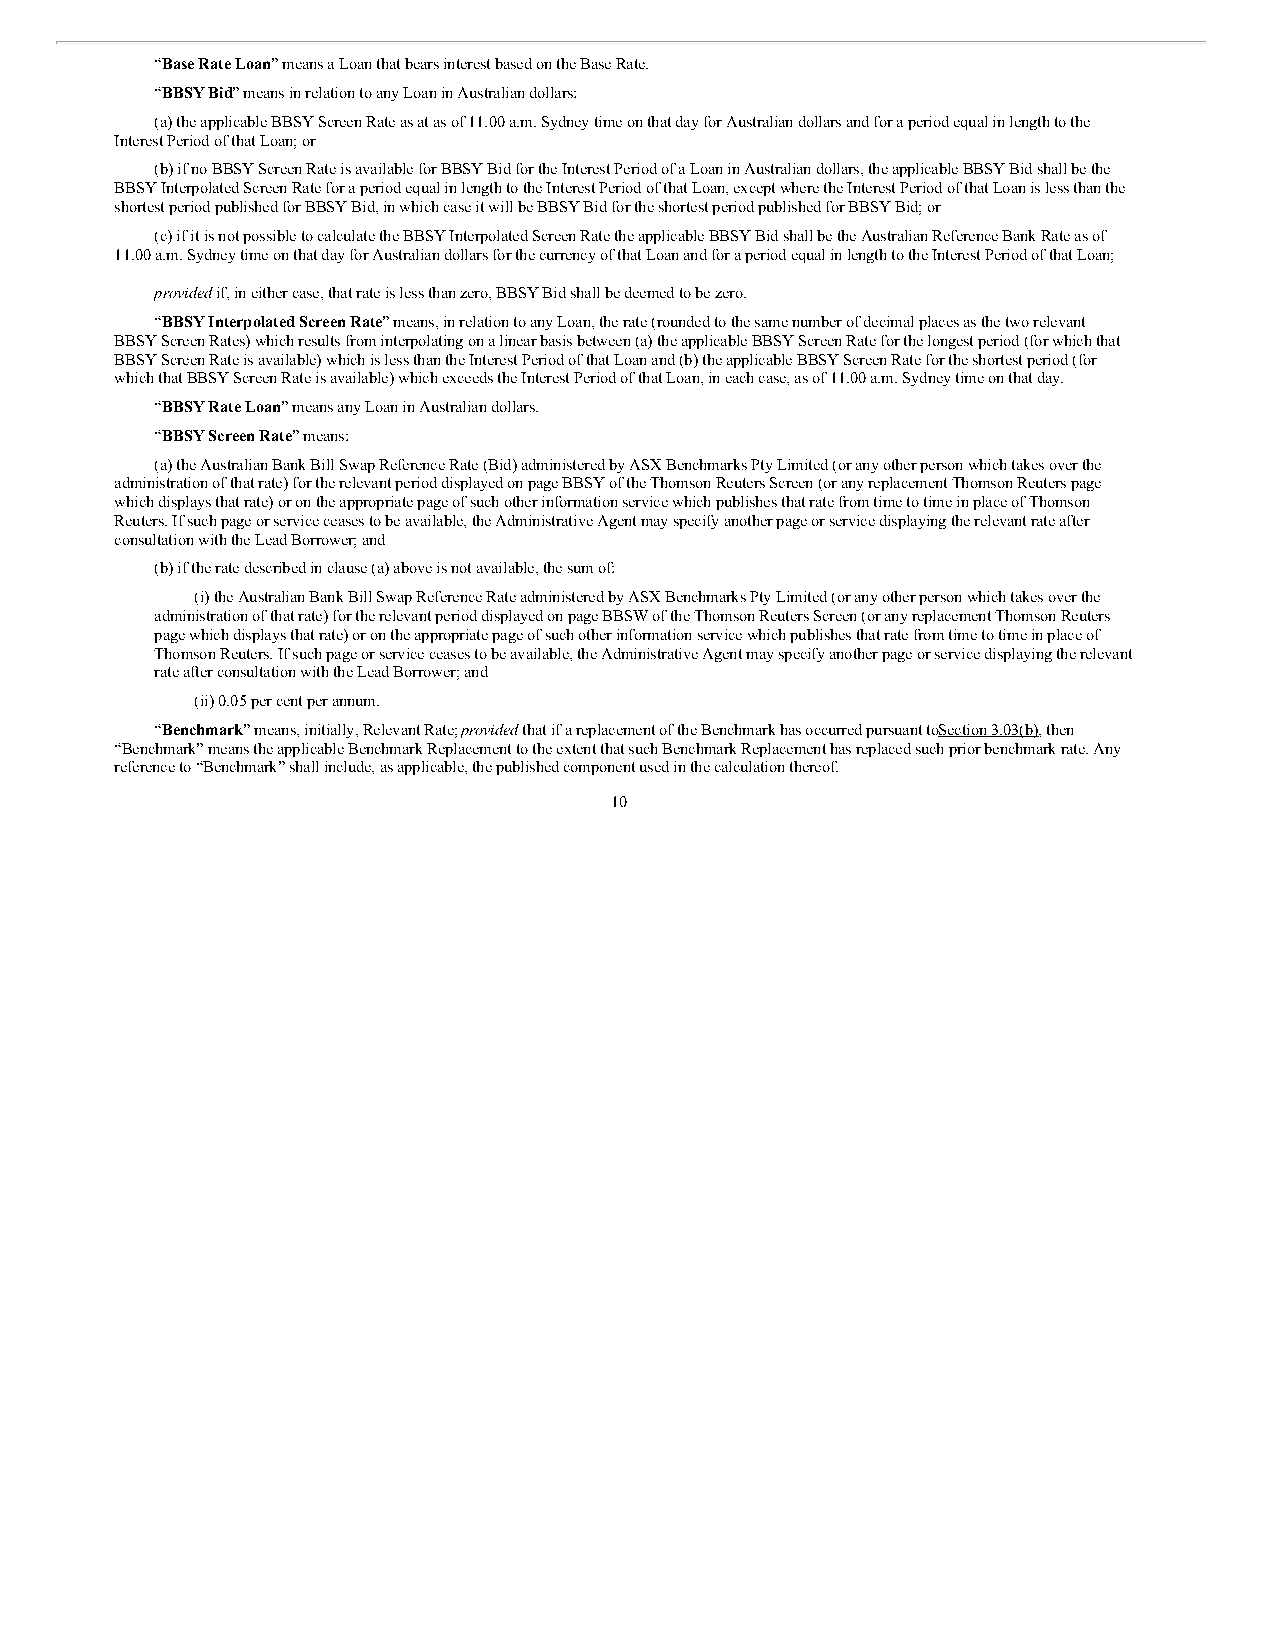
“Base Rate Loan” means a Loan that bears interest based on the Base Rate.
 “BBSY Bid” means in relation to any Loan in Australian dollars:
 (a) the applicable BBSY Screen Rate as at as of 11.00 a.m. Sydney time on that day for Australian dollars and for a period equal in length to the
 Interest Period of that Loan; or
 (b) if no BBSY Screen Rate is available for BBSY Bid for the Interest Period of a Loan in Australian dollars, the applicable BBSY Bid shall be the
 BBSY Interpolated Screen Rate for a period equal in length to the Interest Period of that Loan, except where the Interest Period of that Loan is less than the
 shortest period published for BBSY Bid, in which case it will be BBSY Bid for the shortest period published for BBSY Bid; or
 (c) if it is not possible to calculate the BBSY Interpolated Screen Rate the applicable BBSY Bid shall be the Australian Reference Bank Rate as of
 11.00 a.m. Sydney time on that day for Australian dollars for the currency of that Loan and for a period equal in length to the Interest Period of that Loan;
 provided if, in either case, that rate is less than zero, BBSY Bid shall be deemed to be zero.
 “BBSY Interpolated Screen Rate” means, in relation to any Loan, the rate (rounded to the same number of decimal places as the two relevant
 BBSY Screen Rates) which results from interpolating on a linear basis between (a) the applicable BBSY Screen Rate for the longest period (for which that
 BBSY Screen Rate is available) which is less than the Interest Period of that Loan and (b) the applicable BBSY Screen Rate for the shortest period (for
 which that BBSY Screen Rate is available) which exceeds the Interest Period of that Loan, in each case, as of 11.00 a.m. Sydney time on that day.
 “BBSY Rate Loan” means any Loan in Australian dollars.
 “BBSY Screen Rate” means:
 (a) the Australian Bank Bill Swap Reference Rate (Bid) administered by ASX Benchmarks Pty Limited (or any other person which takes over the
 administration of that rate) for the relevant period displayed on page BBSY of the Thomson Reuters Screen (or any replacement Thomson Reuters page
 which displays that rate) or on the appropriate page of such other information service which publishes that rate from time to time in place of Thomson
 Reuters. If such page or service ceases to be available, the Administrative Agent may specify another page or service displaying the relevant rate after
 consultation with the Lead Borrower; and
 (b) if the rate described in clause (a) above is not available, the sum of:
 (i) the Australian Bank Bill Swap Reference Rate administered by ASX Benchmarks Pty Limited (or any other person which takes over the
 administration of that rate) for the relevant period displayed on page BBSW of the Thomson Reuters Screen (or any replacement Thomson Reuters
 page which displays that rate) or on the appropriate page of such other information service which publishes that rate from time to time in place of
 Thomson Reuters. If such page or service ceases to be available, the Administrative Agent may specify another page or service displaying the relevant
 rate after consultation with the Lead Borrower; and
 (ii) 0.05 per cent per annum.
 “Benchmark” means, initially, Relevant Rate; provided that if a replacement of the Benchmark has occurred pursuant toS ection 3.03(b), then
 “Benchmark” means the applicable Benchmark Replacement to the extent that such Benchmark Replacement has replaced such prior benchmark rate. Any
 reference to “Benchmark” shall include, as applicable, the published component used in the calculation thereof.
 10